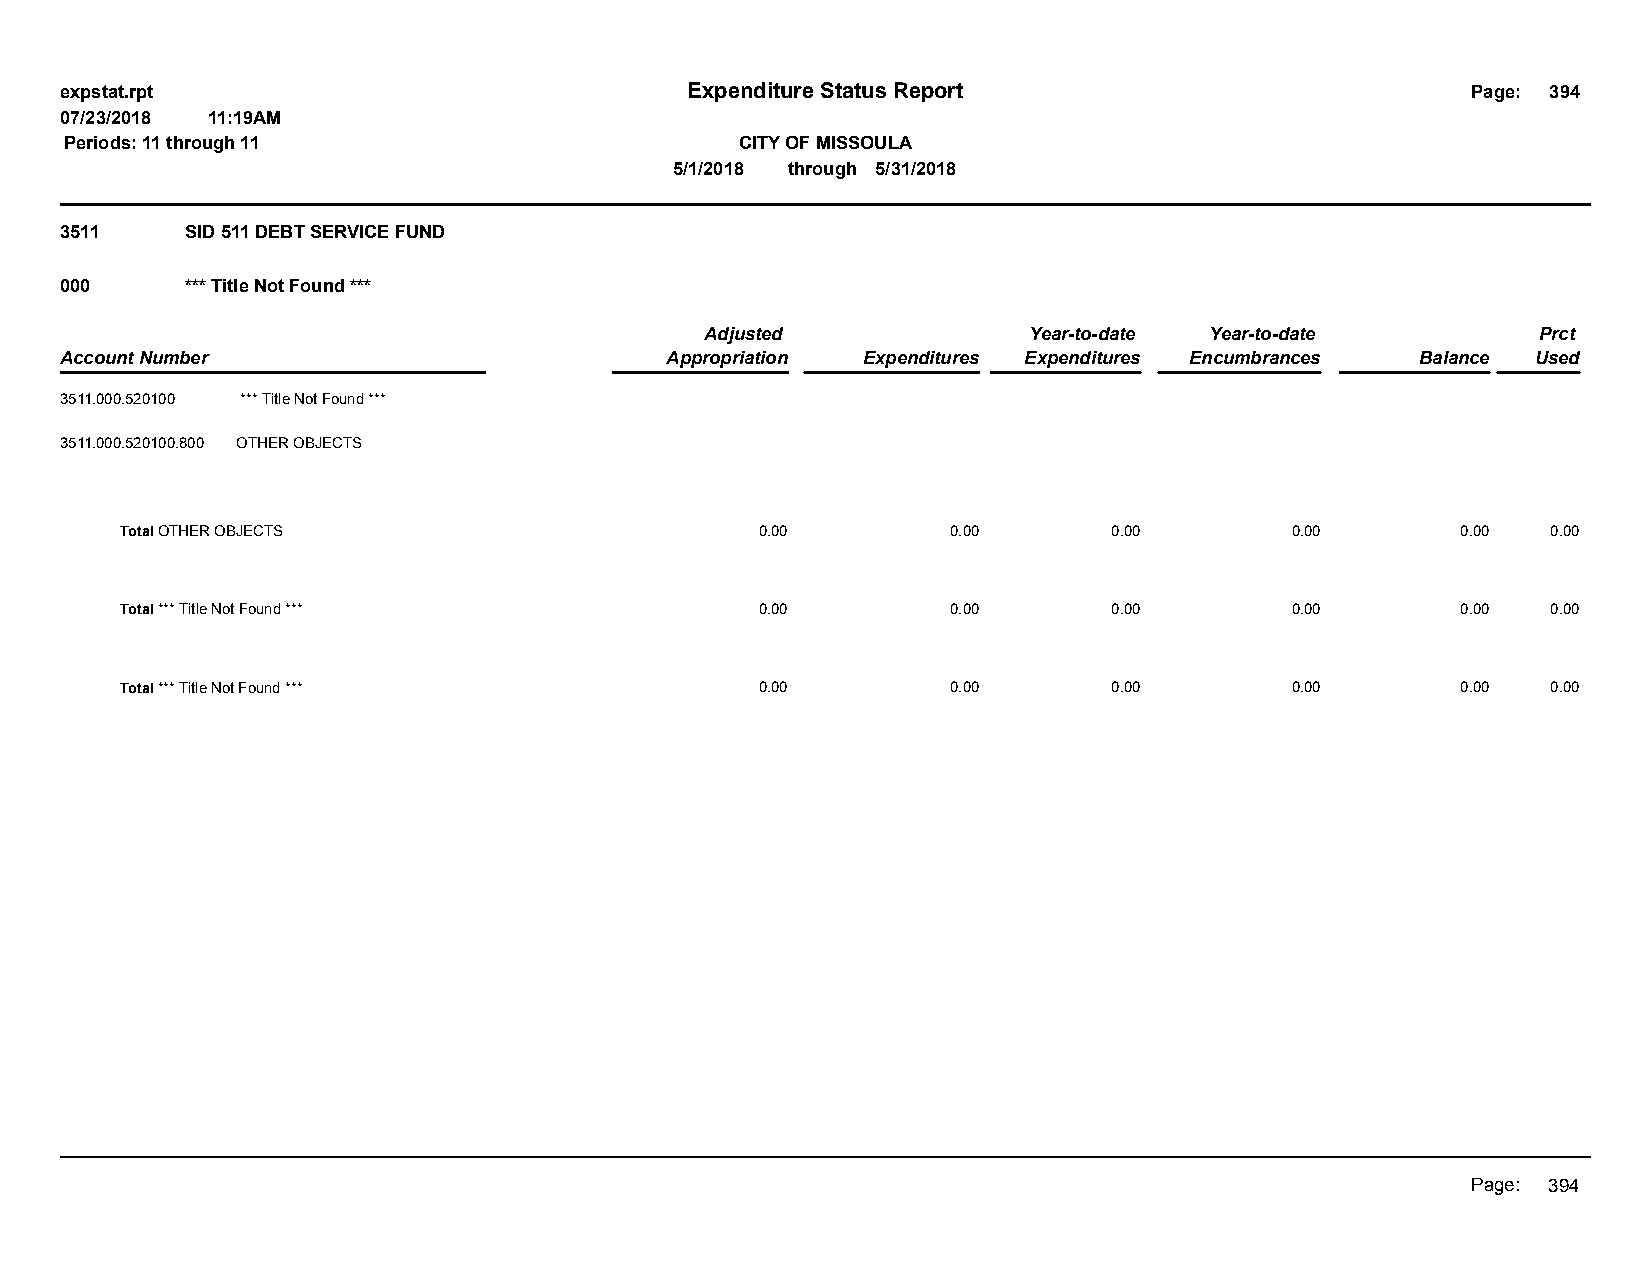
expstat.rpt                              Expenditure Status Report                           Page: 394
 07/23/2018 11:19AM
 Periods: 11 through 11                       CITY OF MISSOULA
 5/1/2018 through 5/31/2018
 3511    SID 511 DEBT SERVICE FUND
 000     *** Title Not Found ***
 Adjusted             Year-to-date Year-to-date         Prct
 Account Number                          Appropriation Expenditures Expenditures Encumbrances Balance Used
 3511.000.520100 *** Title Not Found ***
 3511.000.520100.800 OTHER OBJECTS
 Total OTHER OBJECTS                       0.00         0.00       0.00       0.00        0.00  0.00
 Total *** Title Not Found ***             0.00         0.00       0.00       0.00        0.00  0.00
 Total *** Title Not Found ***             0.00         0.00       0.00       0.00        0.00  0.00
 Page: 394